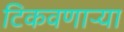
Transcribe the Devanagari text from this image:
टिकवणाऱ्या